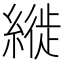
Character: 縰